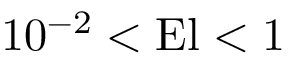
1 0 ^ { - 2 } < \mathrm { E l } < 1